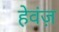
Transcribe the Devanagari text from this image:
हेवंज़